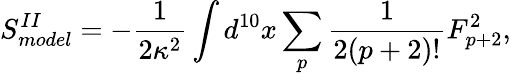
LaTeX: S_{model}^{II}=-\frac{1}{2\kappa^{2}}\int d^{10}x\sum_{p}\frac{1}{2(p+2)!}F_{p+2}^{2},